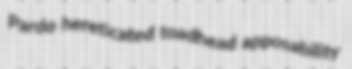
Pardo hereticated toadhead apposability